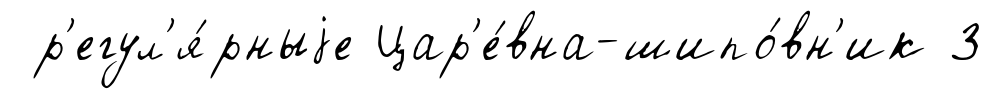
р'егул'я́рныjе Цар'е́вна-шипо́вн'ик 3